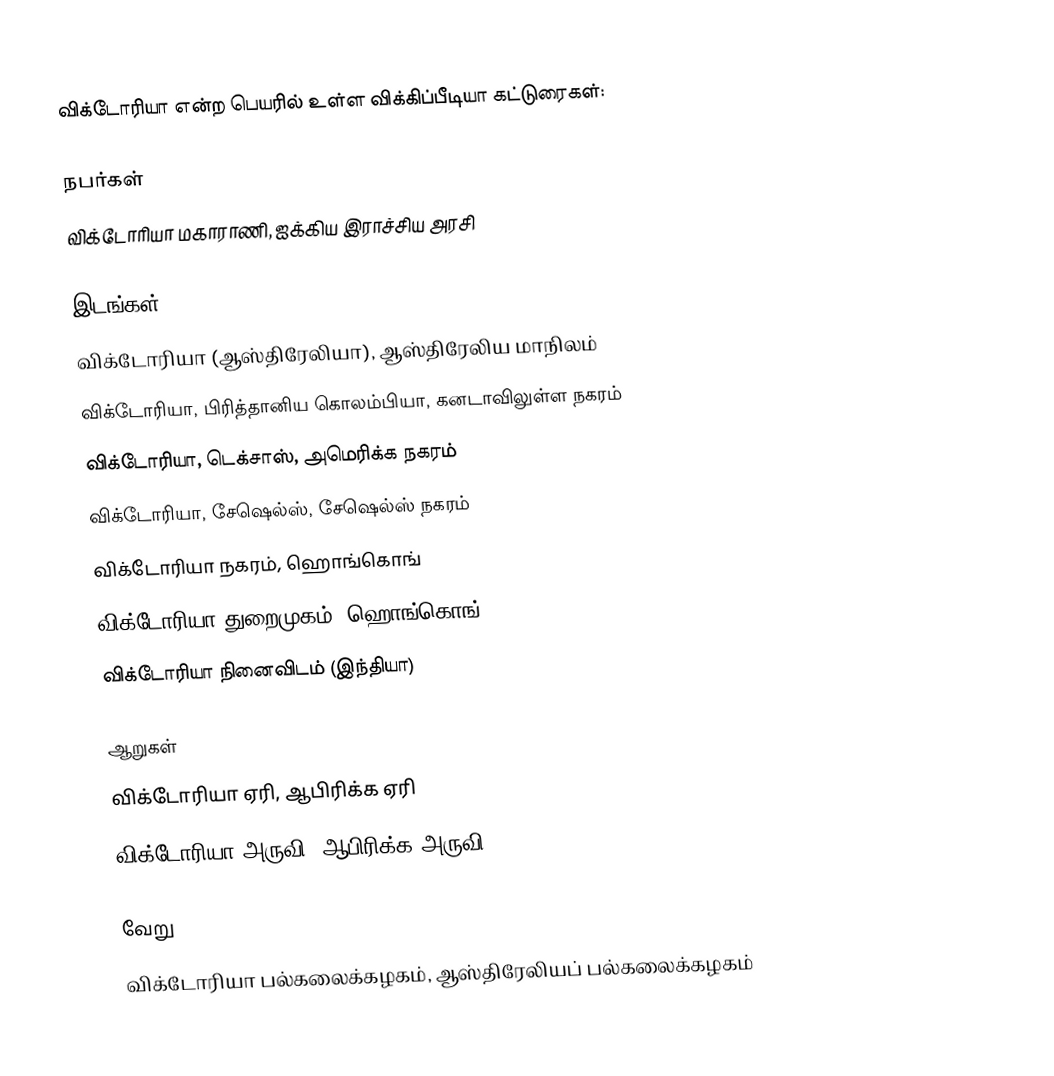
விக்டோரியா என்ற பெயரில் உள்ள விக்கிப்பீடியா கட்டுரைகள்:

நபர்கள்
 விக்டோரியா மகாராணி, ஐக்கிய இராச்சிய அரசி

இடங்கள்
 விக்டோரியா (ஆஸ்திரேலியா), ஆஸ்திரேலிய மாநிலம்
 விக்டோரியா, பிரித்தானிய கொலம்பியா, கனடாவிலுள்ள நகரம்
 விக்டோரியா, டெக்சாஸ், அமெரிக்க நகரம்
 விக்டோரியா, சேஷெல்ஸ், சேஷெல்ஸ் நகரம்
 விக்டோரியா நகரம், ஹொங்கொங்
 விக்டோரியா துறைமுகம், ஹொங்கொங்
 விக்டோரியா நினைவிடம் (இந்தியா)

ஆறுகள்
 விக்டோரியா ஏரி, ஆபிரிக்க ஏரி
 விக்டோரியா அருவி, ஆபிரிக்க அருவி

வேறு
 விக்டோரியா பல்கலைக்கழகம், ஆஸ்திரேலியப் பல்கலைக்கழகம்